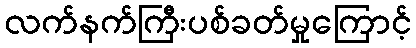
လက်နက်ကြီးပစ်ခတ်မှုကြောင့်